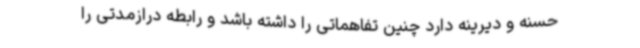
حسنه و دیرینه دارد چنین تفاهماتی را داشته باشد و رابطه درازمدتی را